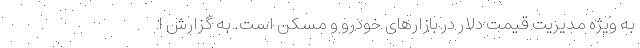
به ویژه مدیریت قیمت دلار در بازارهای خودرو و مسکن است. به گزارش ا